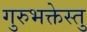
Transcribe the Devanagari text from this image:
गुरुभक्तेस्तु